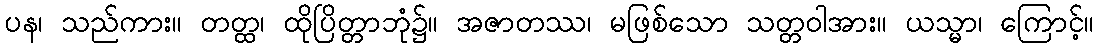
ပန၊ သည်ကား။ တတ္ထ၊ ထိုပြိတ္တာဘုံ၌။ အဇာတဿ၊ မဖြစ်သော သတ္တဝါအား။ ယသ္မာ၊ ကြောင့်။